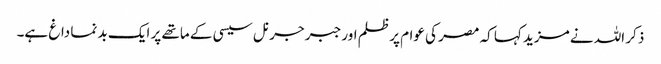
ذکر اللہ نے مزید کہا کہ مصر کی عوام پر ظلم اور جبر جرنل سیسی کے ماتھے پر ایک بد نما داغ ہے۔